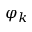
\varphi _ { k }